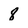
Character: 8